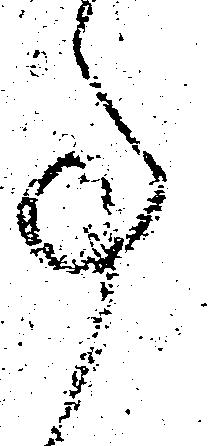
事